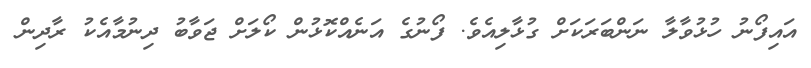
އައިފޯނު ހުޅުވާލާ ނަންބަރަކަށް ގުޅާލިއެވެ. ފޯނުގެ އަނެއްކޮޅުން ކޯލަށް ޖަވާބު ދިނުމާއެކު ރާދިން